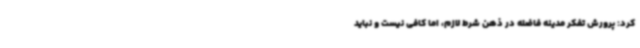
کرد: پرورش تفکر مدینه فاضله در ذهن شرط لازم، اما کافی نیست و نباید